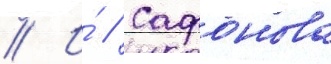
// И́ // Сафонова